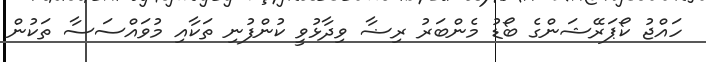
ހައްޖު ކޯޕަރޭޝަންގެ ބޯޑު މެންބަރު ރިޟާ ވިދާޅުވީ ކުންފުނި ތަކާއި މުވައްސަސާ ތަކުން